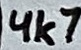
Text: 4k7